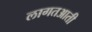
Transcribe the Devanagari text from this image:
लागतआती